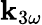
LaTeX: \mathbf{k}_{3\omega}